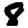
Digit: 8